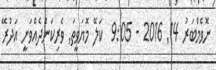
ނޮވެމްބަރު 14